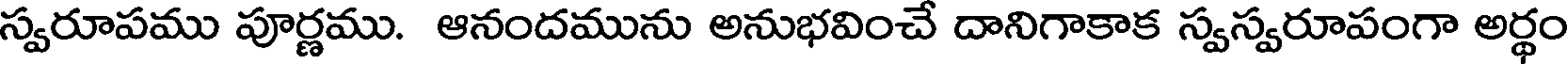
స్వరూపము పూర్ణము. ఆనందమును అనుభవించే దానిగాకాక స్వస్వరూపంగా అర్థం